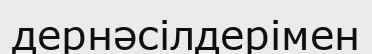
дернәсілдерімен